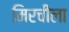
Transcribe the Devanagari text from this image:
मिरचीला